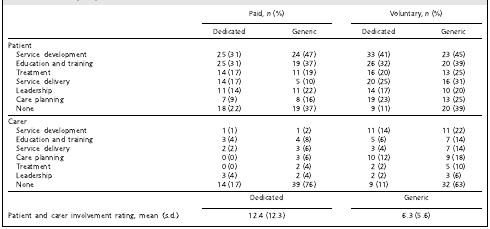
|  | <COLSPAN=2> Paid, n (%) | <COLSPAN=2> Voluntary, n (%) |
 |  | Dedicated | Generic | Dedicated | Generic |
 | --- | --- | --- | --- | --- |
 | Patient |  |  |  |  |
 | Service development | 25 (31) | 24 (47) | 33 (41) | 23 (45) |
 | Education and training | 25 (31) | 19 (37) | 26 (32) | 20 (39) |
 | Treatment | 14 (17) | 11 (19) | 16 (20) | 13 (25) |
 | Service delivery | 14 (17) | 5 (10) | 20 (25) | 16 (31) |
 | Leadership | 11 (14) | 11 (22) | 14 (17) | 10 (20) |
 | Care planning | 7 (9) | 8 (16) | 19 (23) | 13 (25) |
 | None | 18 (22) | 19 (37) | 9 (11) | 20 (39) |
 | Carer |  |  |  |  |
 | Service development | 1 (1) | 1 (2) | 11 (14) | 11 (22) |
 | Education and training | 3 (4) | 4 (8) | 5 (6) | 7 (14) |
 | Service delivery | 2 (2) | 3 (6) | 3 (4) | 7 (14) |
 | Care planning | 0 (0) | 3 (6) | 10 (12) | 9 (18) |
 | Treatment | 0 (0) | 2 (4) | 2 (2) | 5 (10) |
 | Leadership | 3 (4) | 2 (4) | 2 (2) | 3 (6) |
 | None | 14 (17) | 39 (76) | 9 (11) | 32 (63) |
 |  | <COLSPAN=2> Dedicated | <COLSPAN=2> Generic |
 | Patient and carer involvement rating, mean (s.d.) | <COLSPAN=2> 12.4 (12.3) | <COLSPAN=2> 6.3 (5.6) |